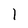
Character: l